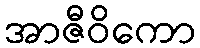
အာဇီဝိကော